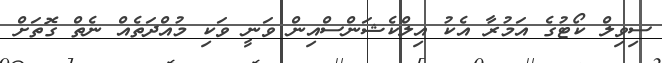
ސިވިލް ކޯޓުގެ އަމުރާ އެކު އިލްކެޝަންސްއިން ވަނީ ވަކި މުއްދަތެއް ނެތް ގޮތަށް